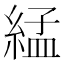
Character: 𦁧